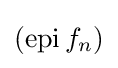
(\operatorname {epi} f_{n})